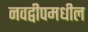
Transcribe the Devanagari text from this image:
नवद्वीपमधील